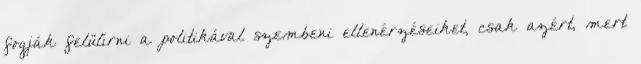
fogják felülírni a politikával szembeni ellenérzéseiket, csak azért, mert